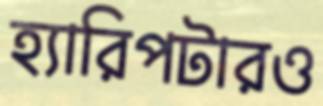
হ্যারিপটারও